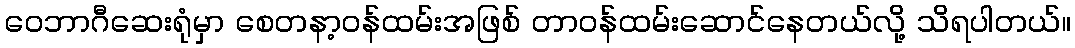
ဝေဘာဂီဆေးရုံမှာ စေတနာ့ဝန်ထမ်းအဖြစ် တာဝန်ထမ်းဆောင်နေတယ်လို့ သိရပါတယ်။